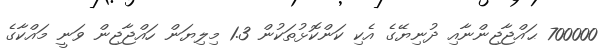
700000 ޙައްޖާޖިންނާއި ދުނިޔޭގެ އެކި ކަންކޮޅުތަކުން 1.3 މިލިޔަން ހައްޖާޖިން ވަނީ މައްކާގެ